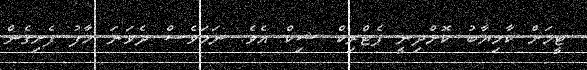
ޓީމަށް ކާމިޔާބު ކޮށްދިނީ ޕެޓްރިކް ޝިކް އެވެ. ނަމަވެސް ދެވަނަ ހާފު ފެށިގެން